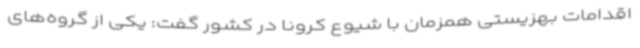
اقدامات بهزیستی همزمان با شیوع کرونا در کشور گفت: یکی از گروه‌های